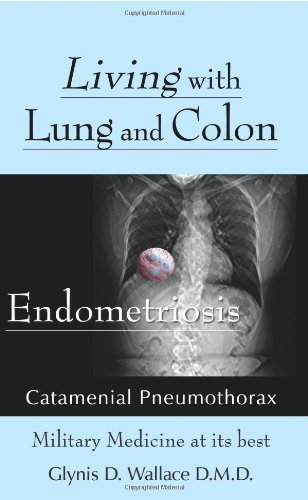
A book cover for Living With Lung and Colon Endometriosis: Catamenial Pneumothorax; Glynis D. Wallace D.M.D.; Health, Fitness & Dieting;